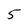
Character: 5